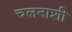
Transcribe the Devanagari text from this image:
चलनाशी